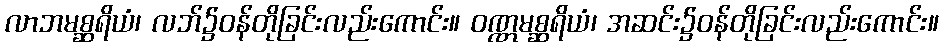
လာဘမစ္ဆရိယံ၊ လဘ်၌ဝန်တိုခြင်းလည်းကောင်း။ ဝဏ္ဏမစ္ဆရိယံ၊ အဆင်း၌ဝန်တိုခြင်းလည်းကောင်း။